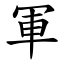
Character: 軍